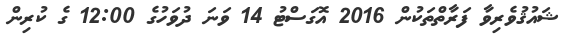
ޝައުޤުވެރިވާ ފަރާތްތަކުން 2016 އޮގަސްޓު 14 ވަނަ ދުވަހުގެ 12:00 ގެ ކުރިން